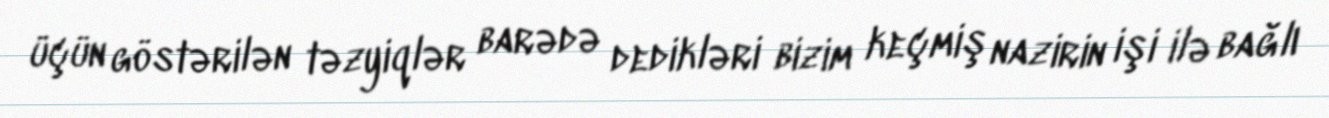
üçün göstərilən təzyiqlər barədə dedikləri bizim keçmiş nazirin işi ilə bağlı